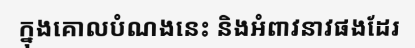
ក្នុងគោលបំណងនេះ និងអំពាវនាវផងដែរ